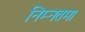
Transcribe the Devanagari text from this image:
निम्नतम।